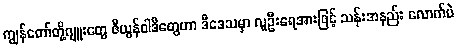
ကျွန်တော်တို့ဂျူးတွေ ဇီယွန်ဝါဒီတွေဟာ ဒီဒေသမှာ လူဦးရေအားဖြင့် သန်းအနည်း လောက်ပဲ